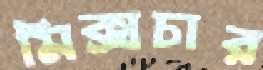
মিক্সচার